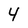
Character: 4